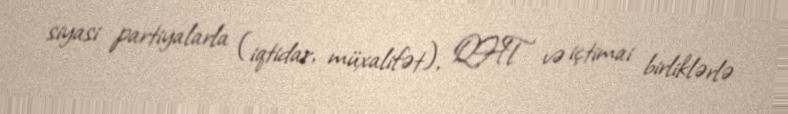
siyasi partiyalarla (iqtidar, müxalifət), QHT və içtimai birliklərlə